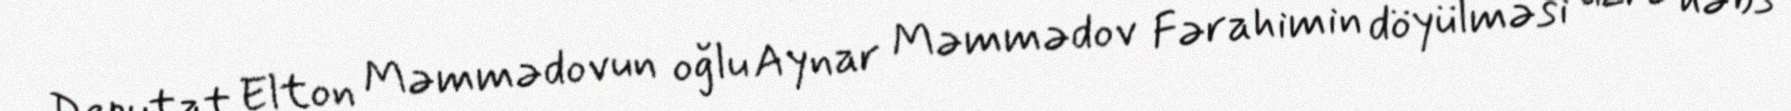
Deputat Elton Məmmədovun oğlu Aynar Məmmədov Fərahimin döyülməsi üzrə həbs